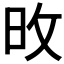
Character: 𪰋